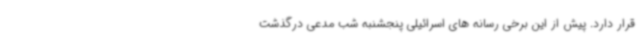
قرار دارد. پیش از این برخی رسانه های اسرائیلی پنجشنبه شب مدعی درگذشت